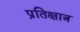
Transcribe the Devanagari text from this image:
प्रतिक्षात्र